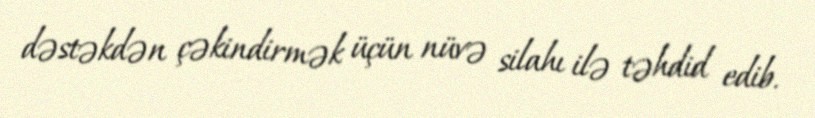
dəstəkdən çəkindirmək üçün nüvə silahı ilə təhdid edib.